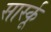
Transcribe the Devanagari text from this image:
सार्स्कू